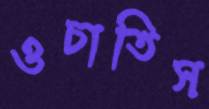
ওচাতিস